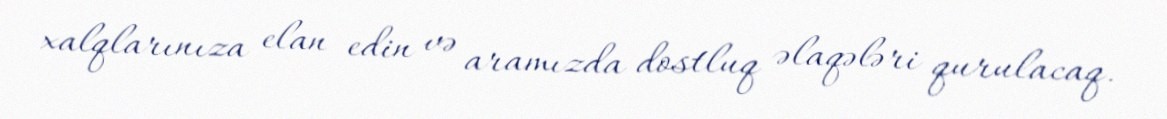
xalqlarınıza elan edin və aramızda dostluq əlaqələri qurulacaq.